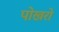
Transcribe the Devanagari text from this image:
पोखरो